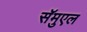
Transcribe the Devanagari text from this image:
सॅमुएल